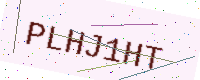
Text: PLHJ1HT